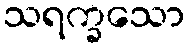
သရက္ခသော